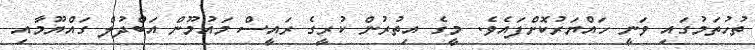
ތުހުތަމުގައި ވަނީ ހައްޔަރުކޮށްފައެވެ. މީގެ އިތުރުން ކުރީގެ ރައީސް މައުމޫން އަބްދުލް ގައްޔޫމާއި